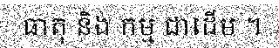
ធាតុ និង កម្ម ជាដើម ។